Indian journal of veterinary science and animal husbandry - Volume 1,
Year: 1931
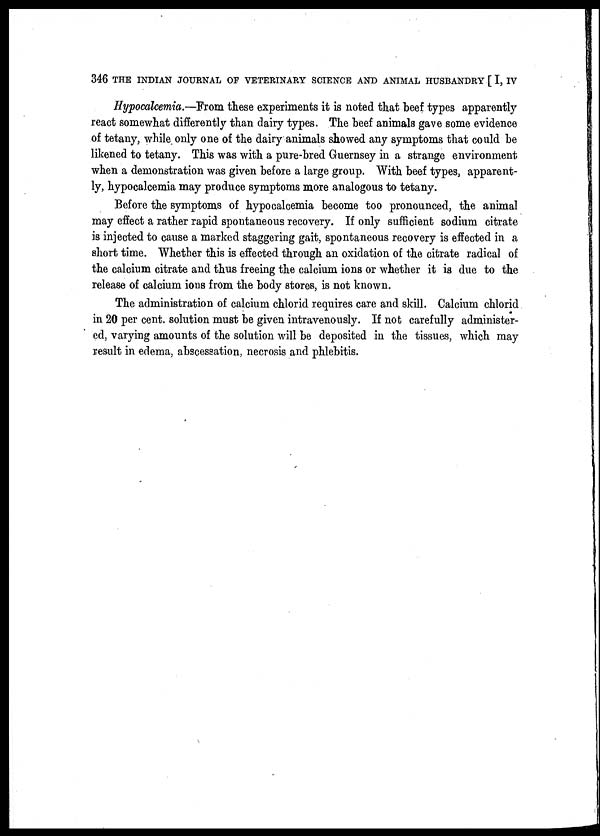
346 THE INDIAN JOURNAL OF VETERINARY SCIENCE AND ANIMAL HUSBANDRY [ I, IV
Hypocalcemia.—From these experiments it is noted that beef types apparently
react somewhat differently than dairy types. The beef animals gave some evidence
of tetany, while only one of the dairy animals showed any symptoms that could be
likened to tetany. This was with a pure-bred Guernsey in a strange environment
when a demonstration was given before a large group. With beef types, apparent-
ly, hypocalcemia may produce symptoms more analogous to tetany.
Before the symptoms of hypocalcemia become too pronounced, the animal
may effect a rather rapid spontaneous recovery. If only sufficient sodium citrate
is injected to cause a marked staggering gait, spontaneous recovery is effected in a
short time. Whether this is effected through an oxidation of the citrate radical of
the calcium citrate and thus freeing the calcium ions or whether it is due to the
release of calcium ions from the body stores, is not known.
The administration of calcium chlorid requires care and skill. Calcium chlorid
in 20 per cent. solution must be given intravenously. If not carefully administer-
ed, varying amounts of the solution will be deposited in the tissues, which may
result in edema, abscessation, necrosis and phlebitis.